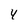
Character: 4